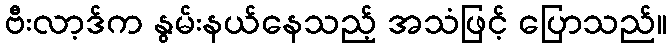
ဗီးလာ့ဒ်က နွမ်းနယ်နေသည့် အသံဖြင့် ပြောသည်။